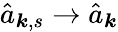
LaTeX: \hat{a}_{{\boldsymbol k},s}\rightarrow\hat{a}_{{\boldsymbol k}}